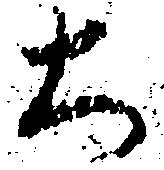
大